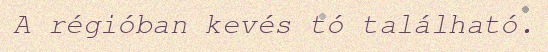
A régióban kevés tó található.